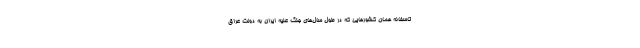
تاسفانه همان کشورهایی که در طول سال‌های جنگ علیه ایران به دولت عراق